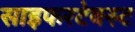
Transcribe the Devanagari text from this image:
साइफरटेक्स्ट